Indian journal of veterinary science and animal husbandry - Volume 8,
Year: 1938
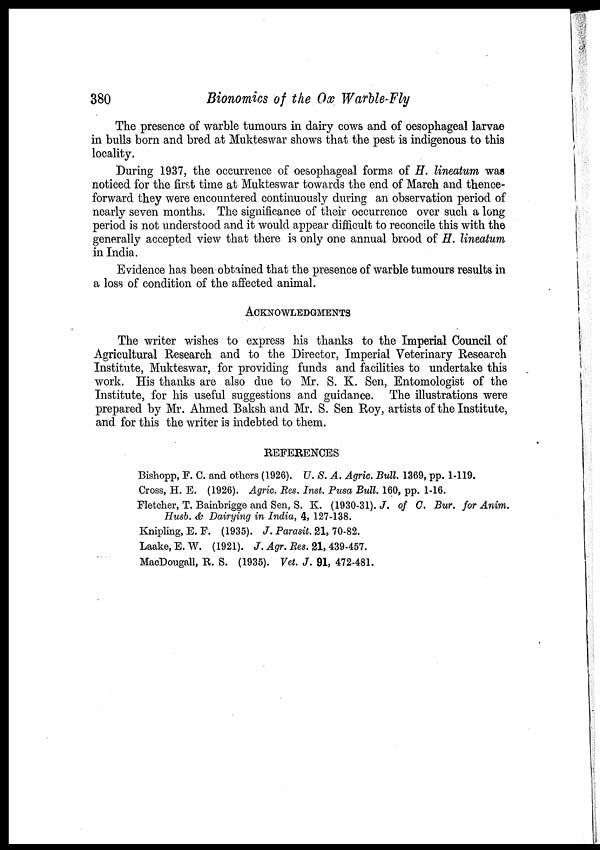
380
Bionomics of the Ox Warble-Fly
The presence of warble tumours in dairy cows and of oesophageal larvae
in bulls born and bred at Mukteswar shows that the pest is indigenous to this
locality.
During 1937, the occurrence of oesophageal forms of H. lineatum was
noticed for the first time at Mukteswar towards the end of March and thence-
forward they were encountered continuously during an observation period of
nearly seven months. The significance of their occurrence over such a long
period is not understood and it would appear difficult to reconcile this with the
generally accepted view that there is only one annual brood of H. lineatum
in India.
Evidence has been obtained that the presence of warble tumours results in
a loss of condition of the affected animal.
ACKNOWLEDGMENTS
The writer wishes to express his thanks to the Imperial Council of
Agricultural Research and to the Director, Imperial Veterinary Research
Institute, Mukteswar, for providing funds and facilities to undertake this
work. His thanks are also due to Mr. S. K. Sen, Entomologist of the
Institute, for his useful suggestions and guidance. The illustrations were
prepared by Mr. Ahmed Baksh and Mr. S. Sen Roy, artists of the Institute,
and for this the writer is indebted to them.
REFERENCES
Bishopp, F. C. and others (1926). U. S. A. Agric. Bull. 1369, pp. 1-119.
Cross, H. E. (1926). Agric. Res. Inst. Pusa Bull. 160, pp. 1-16.
Fletcher, T. Bainbrigge and Sen, S. K. (1930-31). J. of C. Bur. for Anim.
Husb. & Dairying in India, 4, 127-138.
Knipling, E. F. (1935). J. Parasit. 21, 70-82.
Laake,E. W. (1921). J. Agr. Res. 21, 439-457.
MacDougall, R. S. (1935). Vet. J. 91, 472-481.